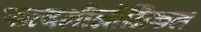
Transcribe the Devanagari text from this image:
फायलॉलॉजिकल